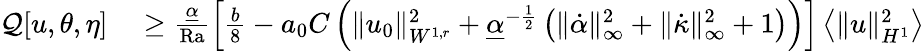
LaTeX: \begin{array}{rl}{\mathcal{Q}[u,\theta,\eta]}&{{}\geq\frac{\underline{{\alpha}}}{\mathrm{{Ra}}}\left[\frac{b}{8}-a_{0}C\left(\| u_{0}\| _{W^{1,r}}^{2}+\underline{{\alpha}}^{-\frac{1}{2}}\left(\| \dot{\alpha}\| _{\infty}^{2}+\| \dot{\kappa}\| _{\infty}^{2}+1\right)\right)\right]\left\langle\| u\| _{H^{1}}^{2}\right\rangle}\end{array}